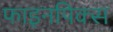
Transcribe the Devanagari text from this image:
फाइनपिक्स